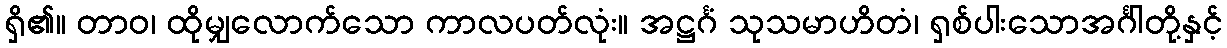
ရှိ၏။ တာဝ၊ ထိုမျှလောက်သော ကာလပတ်လုံး။ အဋ္ဌင်္ဂံ သုသမာဟိတံ၊ ရှစ်ပါးသောအင်္ဂါတို့နှင့်